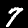
Label: 7